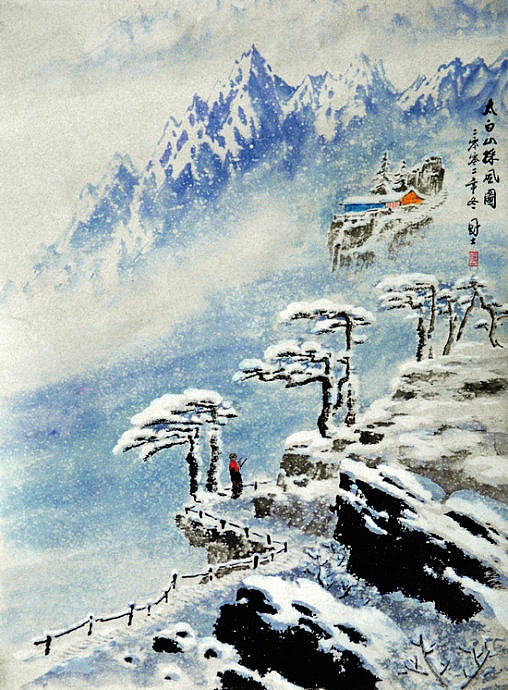
士不以利移不为患改。